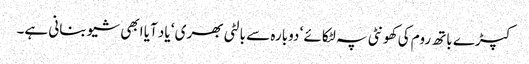
کپڑے باتھ روم کی کھونٹی پہ لٹکائے ‘ دوبارہ سے بالٹی بھری ‘ یاد آیا ابھی شیو بنانی ہے۔